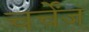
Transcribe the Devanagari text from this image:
चर्चेंज